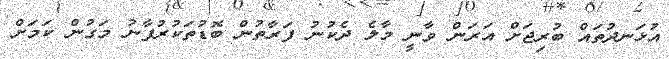
އުޅަނދުތައް ބުރިޖަށް އަރަން ވާނީ މާލެ ދެކުނު ފަރާތުން ބޮޑުތަކުރުފާނު މަގުން ކަމަށް